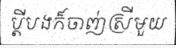
ប្តីបងក៏ចាញ់ស្រីមួយ